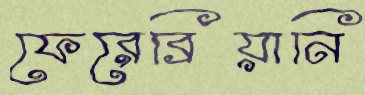
ফেরেব্রিয়ানি